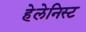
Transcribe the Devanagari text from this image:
हेलेनिस्ट